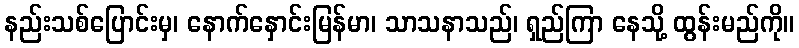
နည်းသစ်ပြောင်းမှ၊ နောက်နှောင်းမြန်မာ၊ သာသနာသည်၊ ရှည်ကြာ နေသို့ ထွန်းမည်ကို။